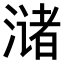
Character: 𫞛